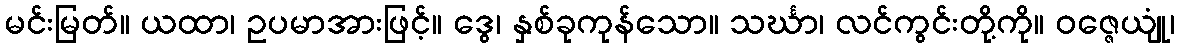
မင်းမြတ်။ ယထာ၊ ဥပမာအားဖြင့်။ ဒွေ၊ နှစ်ခုကုန်သော။ သင်္ဃာ၊ လင်ကွင်းတို့ကို။ ဝဇ္ဇေယျုံ၊